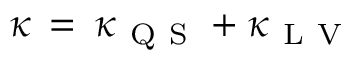
\kappa \, = \, \kappa _ { \mathrm { ~ Q ~ S ~ } } + \kappa _ { \mathrm { ~ L ~ V ~ } }